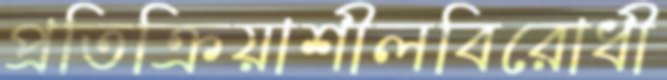
প্রতিক্রিয়াশীলবিরোধী